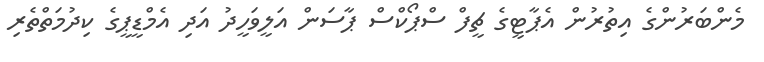
މެންބަރުންގެ އިތުރުން އެޕާޓީގެ ޗީފް ސްޕޯކްސް ޕާސަން އަލީވަހީދު އަދި އެމްޑީޕީގެ ކިދުމަތްތެރި